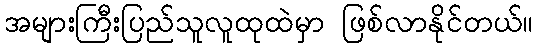
အများကြီးပြည်သူလူထုထဲမှာ ဖြစ်လာနိုင်တယ်။